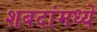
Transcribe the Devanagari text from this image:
शबदांमध्ये